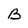
Character: B